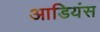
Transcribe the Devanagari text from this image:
आडियंस